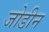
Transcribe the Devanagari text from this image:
जोडीन